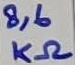
Text: 8,6KΩ